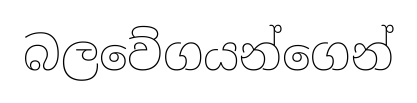
බලවේගයන්ගෙන්